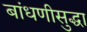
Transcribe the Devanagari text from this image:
बांधणीसुद्धा